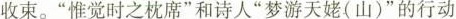
收束。”惟觉时之枕席”和诗人”梦游天姥(山)”的行动